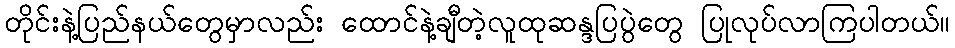
တိုင်းနဲ့ပြည်နယ်တွေမှာလည်း ထောင်နဲ့ချီတဲ့လူထုဆန္ဒပြပွဲတွေ ပြုလုပ်လာကြပါတယ်။